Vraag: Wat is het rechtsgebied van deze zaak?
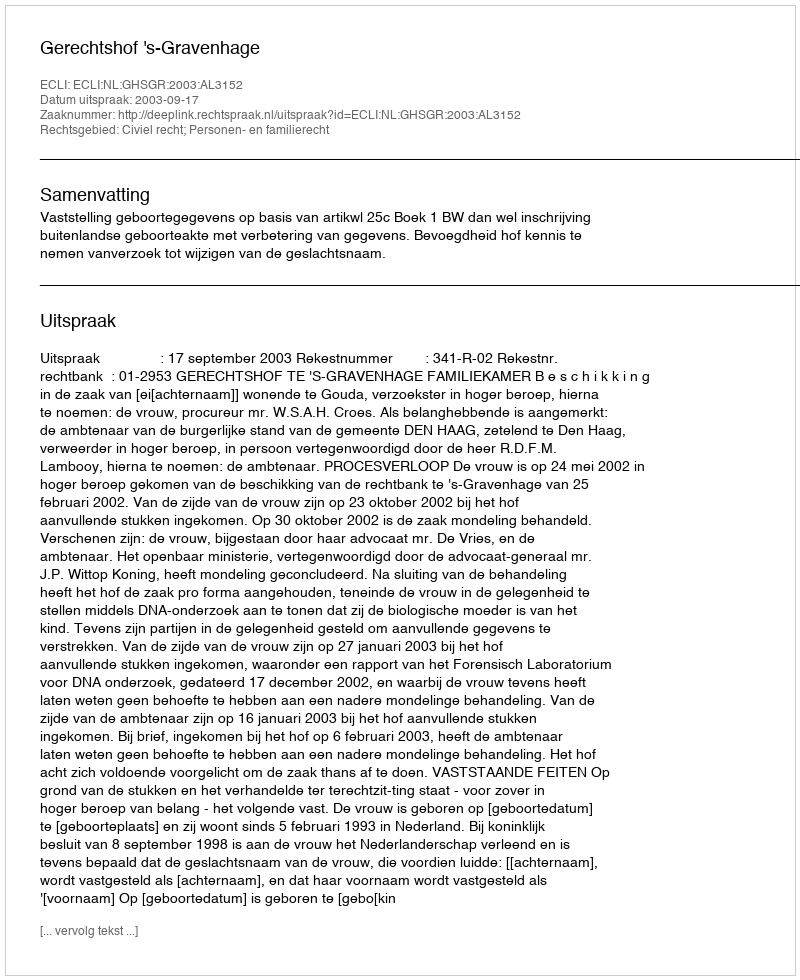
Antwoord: Civiel recht; Personen- en familierecht